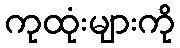
ကုထုံးများကို